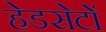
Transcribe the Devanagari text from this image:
हेडसेटों